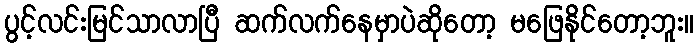
ပွင့်လင်းမြင်သာလာပြီ ဆက်လက်နေမှာပဲဆိုတော့ မဖြေနိုင်တော့ဘူး။